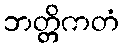
ဘတ္တိကတံ